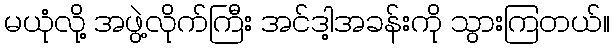
မယုံလို့ အဖွဲ့လိုက်ကြီး အင်ဒါ့အခန်းကို သွားကြတယ်။